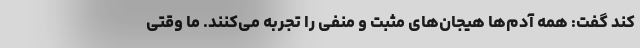
کند گفت: همه آدم‌ها هیجان‌های مثبت و منفی را تجربه می‌کنند. ما وقتی